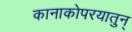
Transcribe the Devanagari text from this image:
कानाकोपरयातुन्